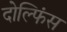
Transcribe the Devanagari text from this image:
दोल्फिंस